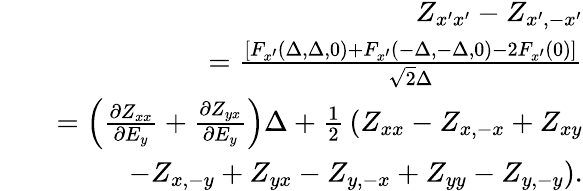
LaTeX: \begin{array}{rlr}&{}&{Z_{x^{\prime}x^{\prime}}-Z_{x^{\prime},-x^{\prime}}}\\ &{}&{\qquad=\frac{\left[F_{x^{\prime}}(\Delta,\Delta,0)+F_{x^{\prime}}(-\Delta,-\Delta,0)-2F_{x^{\prime}}(0)\right]}{\sqrt{2}\Delta}}\\ &{}&{=\left(\frac{\partial Z_{xx}}{\partial E_{y}}+\frac{\partial Z_{yx}}{\partial E_{y}}\right)\Delta+\frac{1}{2}\, \left(Z_{xx}-Z_{x,-x}+Z_{xy}\right.}\\ &{}&{\qquad\left.-Z_{x,-y}+Z_{yx}-Z_{y,-x}+Z_{yy}-Z_{y,-y}\right).}\end{array}